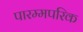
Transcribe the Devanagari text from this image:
पारम्मपरिक